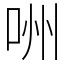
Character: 㖄